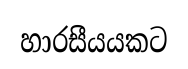
හාරසීයයකට